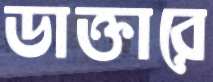
ডাক্তারে